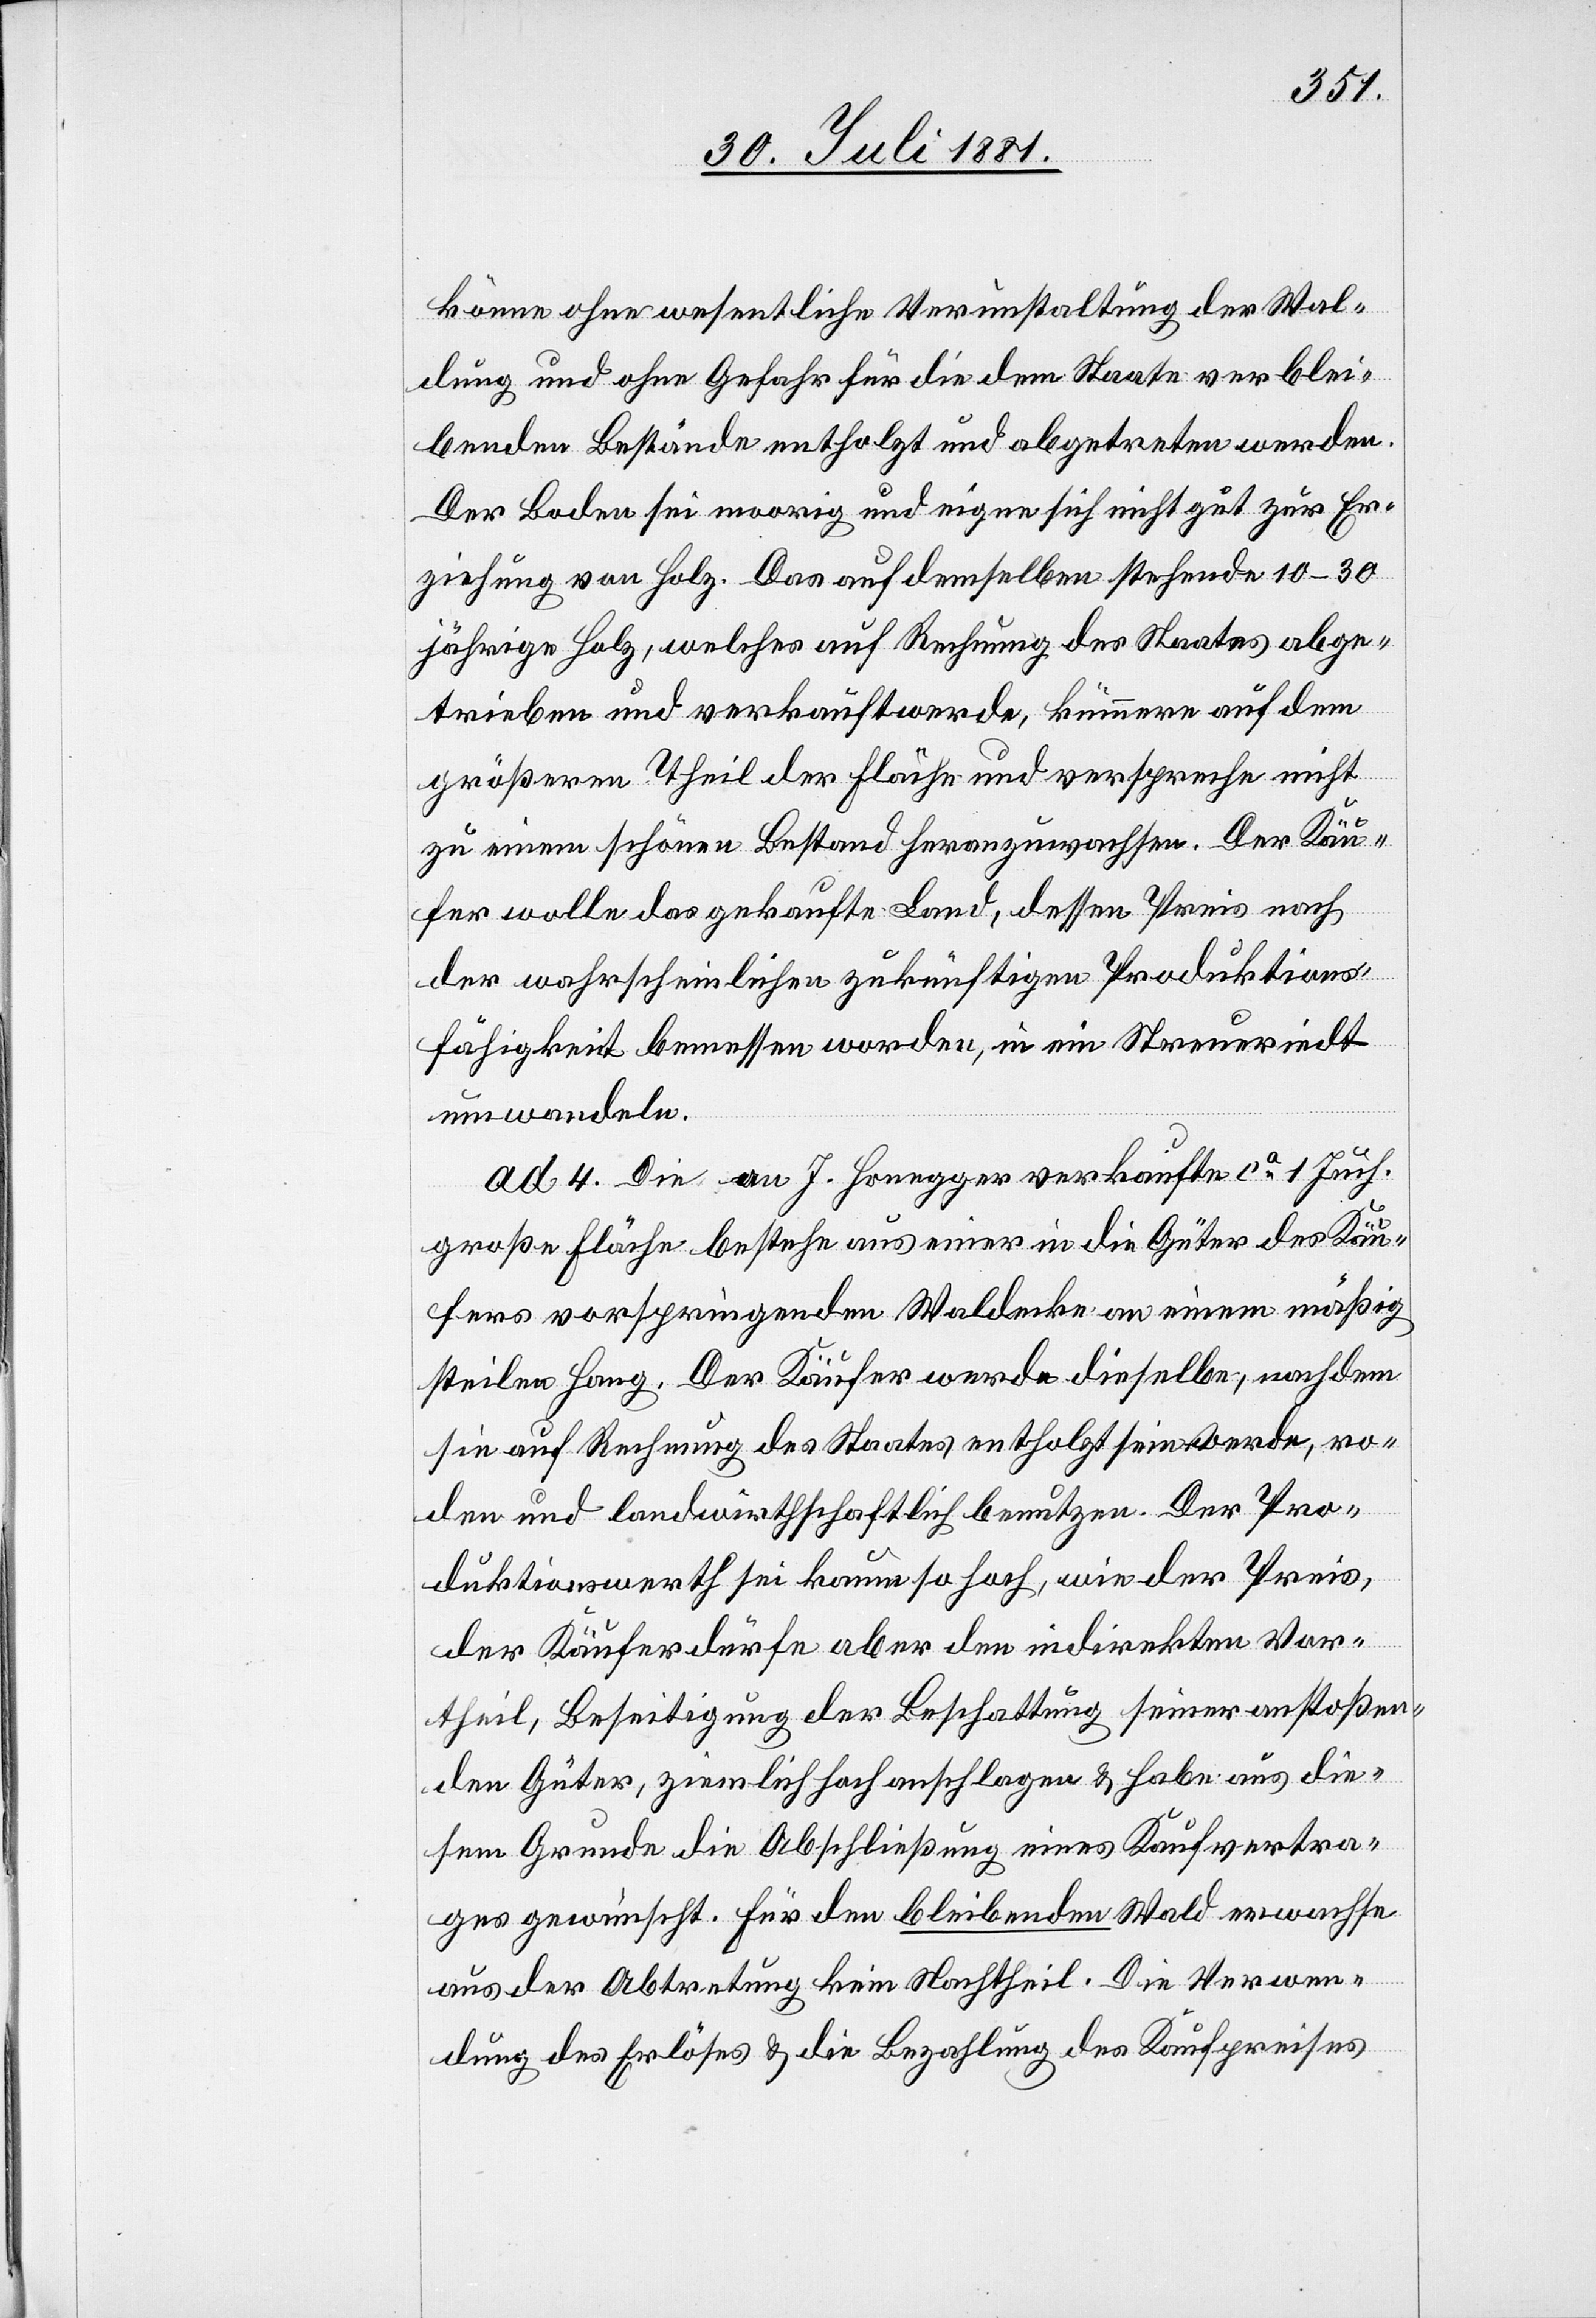
könne ohne wesentliche Verunstaltung der Wal¬
dung und ohne Gefahr für die dem Staate verblei¬
benden Bestände entholzt und abgetreten werden.
Der Boden sei moorig und eigne sich nicht gut zur Er¬
ziehung von Holz. Das auf demselben stehende 10–30
jährige Holz, welches auf Rechnung des Staates abge¬
trieben und verkauft werde, kümmere auf dem
größeren Theil der Fläche und verspreche nicht
zu einem schönen Bestand heranzuwachsen. Der Käu¬
fer wolle das gekaufte Land, dessen Preis nach
der wahrscheinlichen zukünftigen Produktions¬
fähigkeit bemessen werden [sic!], in ein Streueriedt
umwandeln.
ad 4. Die an J. Honegger verkaufte ca 1 Juch.
große Fläche bestehe aus einer in die Güter des Käu¬
fers vorspringenden Waldecke an einem mäßig
steilen Hang. Der Käufer werde dieselbe, nachdem
sie auf Rechnung des Staates entholzt sein werde, ro¬
den und landwirthschaftlich benutzen. Der Pro¬
duktionswerth sei kaum so hoch, wie der Preis,
der Käufer dürfe aber den indirekten Vor¬
theil, Beseitigung der Beschattung seiner anstoßen¬
den Güter, ziemlich hoch anschlagen & habe aus die¬
sem Grunde die Abschließung eines Kaufvertra¬
ges gewünscht. Für den bleibenden Wald erwachse
aus der Abtretung kein Nachtheil. Die Verwen¬
dung des Erlöses & die Bezahlung des Kaufpreises